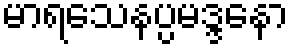
မာရသေနပ္ပမဒ္ဒနော